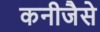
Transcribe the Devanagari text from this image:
कनीजैसे